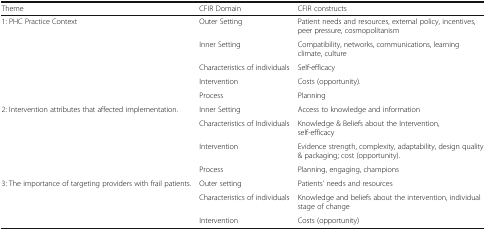
<table><thead><tr><td><b>Theme</b></td><td><b>CFIR Domain</b></td><td><b>CFIR constructs</b></td></tr></thead><tbody><tr><td rowspan="5">1: PHC Practice Context</td><td>Outer Setting</td><td>Patient needs and resources, external policy, incentives, peer pressure, cosmopolitanism</td></tr><tr><td>Inner Setting</td><td>Compatibility, networks, communications, learning climate, culture</td></tr><tr><td>Characteristics of individuals</td><td>Self-efficacy</td></tr><tr><td>Intervention</td><td>Costs (opportunity).</td></tr><tr><td>Process</td><td>Planning</td></tr><tr><td rowspan="4">2: Intervention attributes that affected implementation.</td><td>Inner Setting</td><td>Access to knowledge and information</td></tr><tr><td>Characteristics of Individuals</td><td>Knowledge &amp; Beliefs about the Intervention, self-efficacy</td></tr><tr><td>Intervention</td><td>Evidence strength, complexity, adaptability, design quality &amp; packaging; cost (opportunity).</td></tr><tr><td>Process</td><td>Planning, engaging, champions</td></tr><tr><td rowspan="3">3: The importance of targeting providers with frail patients.</td><td>Outer setting</td><td>Patients’ needs and resources</td></tr><tr><td>Characteristics of individuals</td><td>Knowledge and beliefs about the intervention, individual stage of change</td></tr><tr><td>Intervention</td><td>Costs (opportunity)</td></tr></tbody></table>